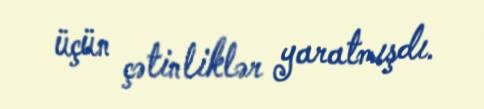
üçün çətinliklər yaratmışdı.